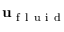
\mathbf { u } _ { \mathrm { ~ f ~ l ~ u ~ i ~ d ~ } }